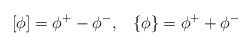
\begin{align*}\left[ \phi \right] =\phi ^+ - \phi ^-, ~~ \left\{ \phi \right\} =\phi ^+ +\phi ^-\end{align*}